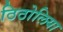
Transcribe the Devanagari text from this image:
ठिठोलिया